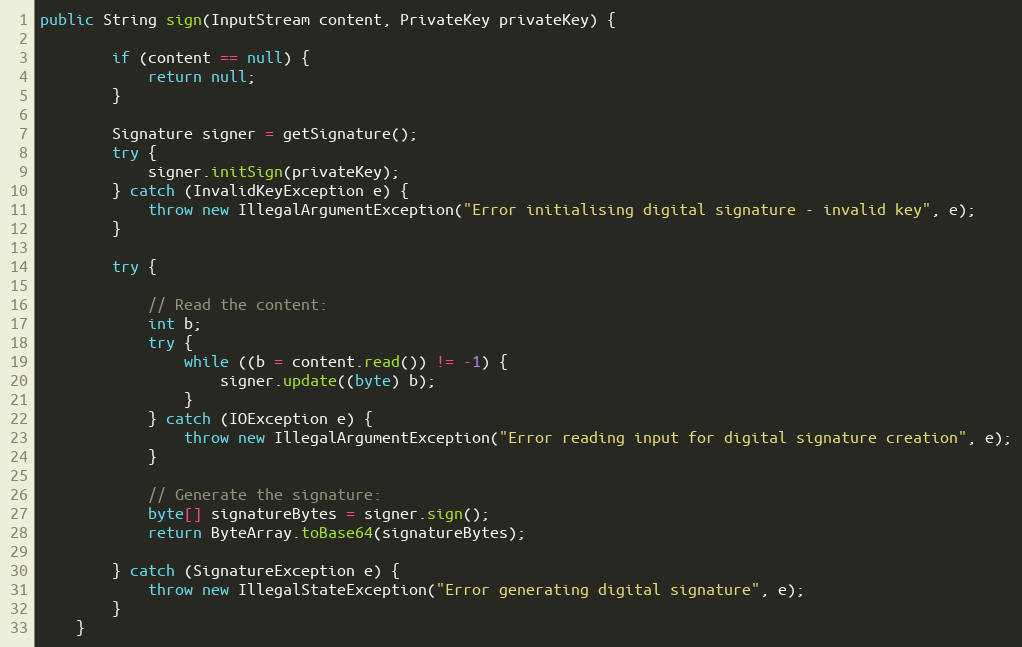
Language: Java
public String sign(InputStream content, PrivateKey privateKey) {

        if (content == null) {
            return null;
        }

        Signature signer = getSignature();
        try {
            signer.initSign(privateKey);
        } catch (InvalidKeyException e) {
            throw new IllegalArgumentException("Error initialising digital signature - invalid key", e);
        }

        try {

            // Read the content:
            int b;
            try {
                while ((b = content.read()) != -1) {
                    signer.update((byte) b);
                }
            } catch (IOException e) {
                throw new IllegalArgumentException("Error reading input for digital signature creation", e);
            }

            // Generate the signature:
            byte[] signatureBytes = signer.sign();
            return ByteArray.toBase64(signatureBytes);

        } catch (SignatureException e) {
            throw new IllegalStateException("Error generating digital signature", e);
        }
    }